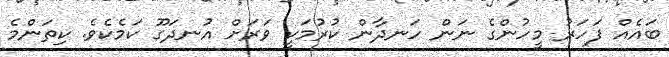
ބައެއް ފަހަރު މީހުންގެ ނަން ހަނދާން ކުރުމަކީ ވަރަށް އުނދަގޫ ކަމެކެވެ. ކިތަންމެ